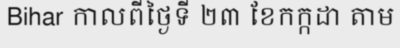
Bihar កាលពីថ្ងៃទី ២៣ ខែកក្កដា តាម